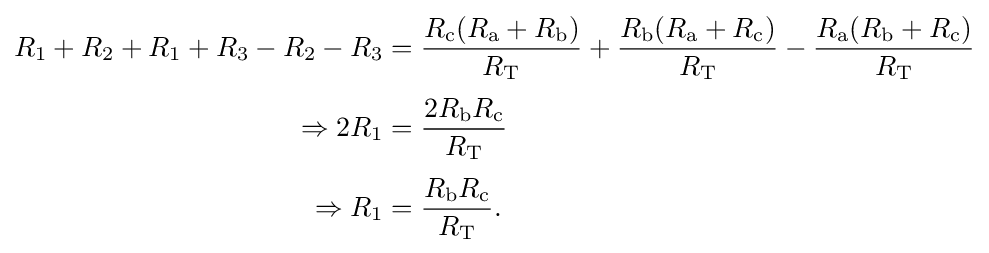
{\begin{aligned}R_{1}+R_{2}+R_{1}+R_{3}-R_{2}-R_{3}&={\frac {R_{\text{c}}(R_{\text{a}}+R_{\text{b}})}{R_{\text{T}}}}+{\frac {R_{\text{b}}(R_{\text{a}}+R_{\text{c}})}{R_{\text{T}}}}-{\frac {R_{\text{a}}(R_{\text{b}}+R_{\text{c}})}{R_{\text{T}}}}\\[3pt]{}\Rightarrow 2R_{1}&={\frac {2R_{\text{b}}R_{\text{c}}}{R_{\text{T}}}}\\[3pt]{}\Rightarrow R_{1}&={\frac {R_{\text{b}}R_{\text{c}}}{R_{\text{T}}}}.\end{aligned}}